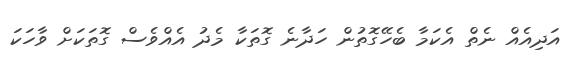
އަދިއެއް ނެތް އެކަމާ ބެހޭގޮތުން ހަދާނެ ގޮތަކާ މެދު އެއްވެސް ގޮތަކަށް ވާހަކަ